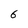
Character: 6